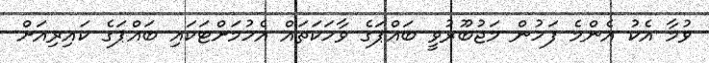
ވުމާ އެކު އެންމެ ފަހުން މަޖުބޫރުވީ ބައްޕަގެ ވާހަކަތައް އެހުމަށްޓަކައި ބައްޕަގެ ކައިރިއަށް